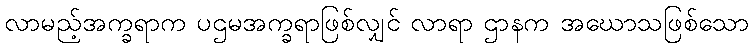
လာမည့်အက္ခရာက ပဌမအက္ခရာဖြစ်လျှင် လာရာ ဌာနက အဃောသဖြစ်သော